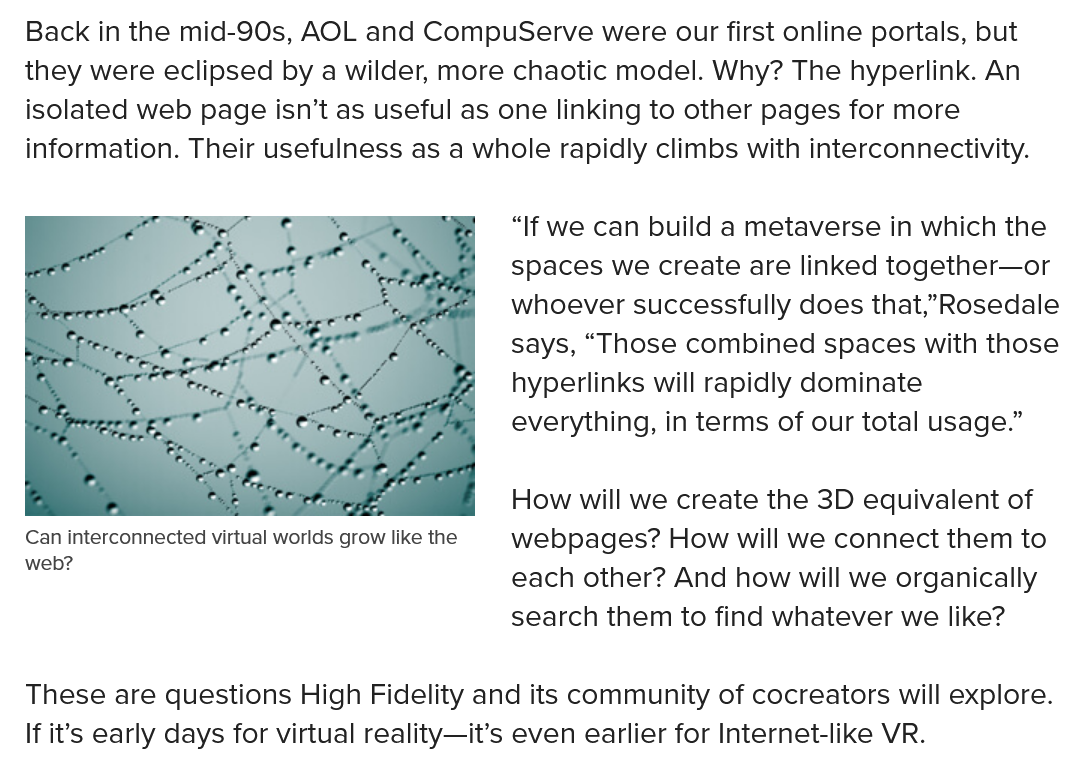
Back in the mid-90s, AOL and CompuServe were our first online portals, but
  they were eclipsed by a wilder, more chaotic model. Why? The hyperlink. An
  isolated web page isn’t as useful as one linking to other pages for more
  information. Their usefulness as a whole rapidly climbs with interconnectivity.
     “If we can build a metaverse in which the
     spaces we create are linked together—or
     whoever successfully does that,”Rosedale
     says, “Those combined spaces with those
     hyperlinks will rapidly dominate
     everything, in terms of our total usage.”
     How will we create the 3D equivalent of
     webpages?  How will we connect them to
     each other? And how will we organically
     search them to find whatever we like?
  These  are questions High Fidelity and its community of cocreators will explore.
  If it’s early days for virtual reality—it’s even earlier for Internet-like VR.
  Can interconnected virtual worlds grow like the
  web?